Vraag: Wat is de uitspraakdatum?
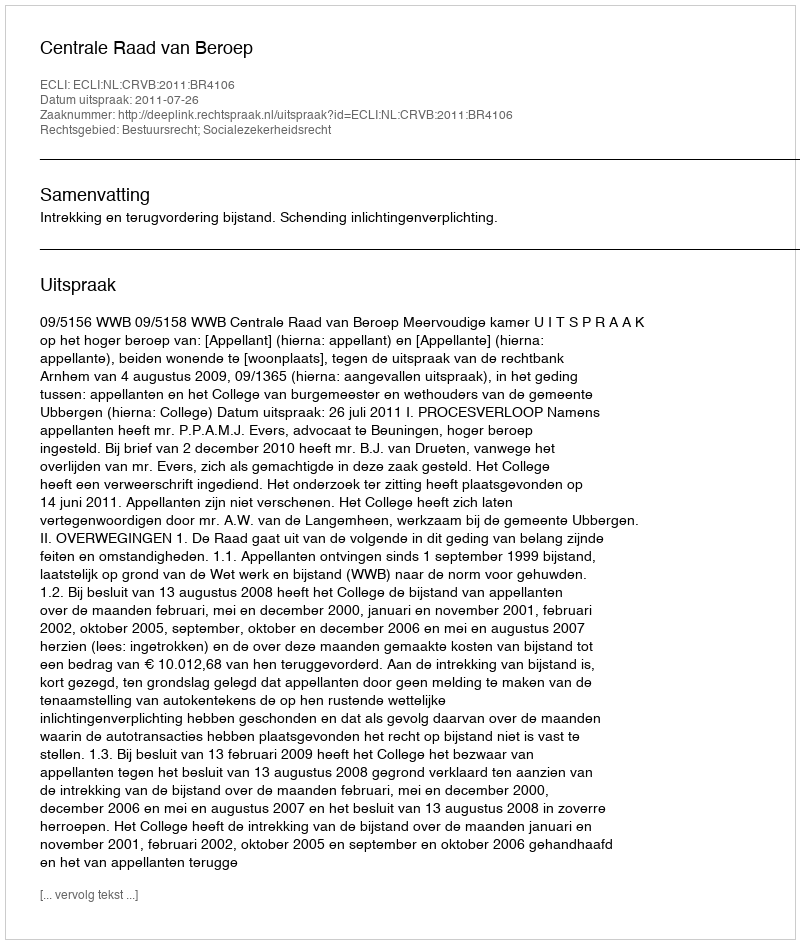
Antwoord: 2011-07-26